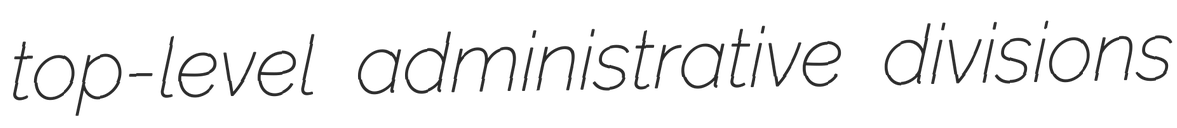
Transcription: top-level administrative divisions